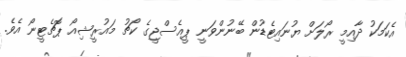
އެކަމަކު ދާއިމީ ރޯލަށް ޔުނައިޓެޑުން ބޭނުންވަނީ ޕީއެސްޖީގެ ކޯޗު މައުރީޝިއޯ ޕޮޗެޓީނޯ އެވެ.